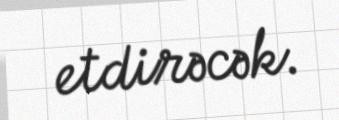
etdirəcək.